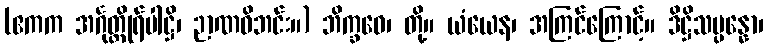
(ဧကက အင်္ဂုတ္တိုရ်ပါဋ္ဌိ၊ ဉာဏဝိဘင်း။) ဘိက္ခဝေ၊ တို့။ ယံယေန၊ အကြင်ကြောင့်။ ဒိဋ္ဌိသမ္ပန္နော၊